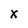
Character: X